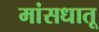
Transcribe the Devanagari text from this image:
मांसधातू